Annual administration report of the Civil Veterinary Department of India - 1892-1893
Year: 1892
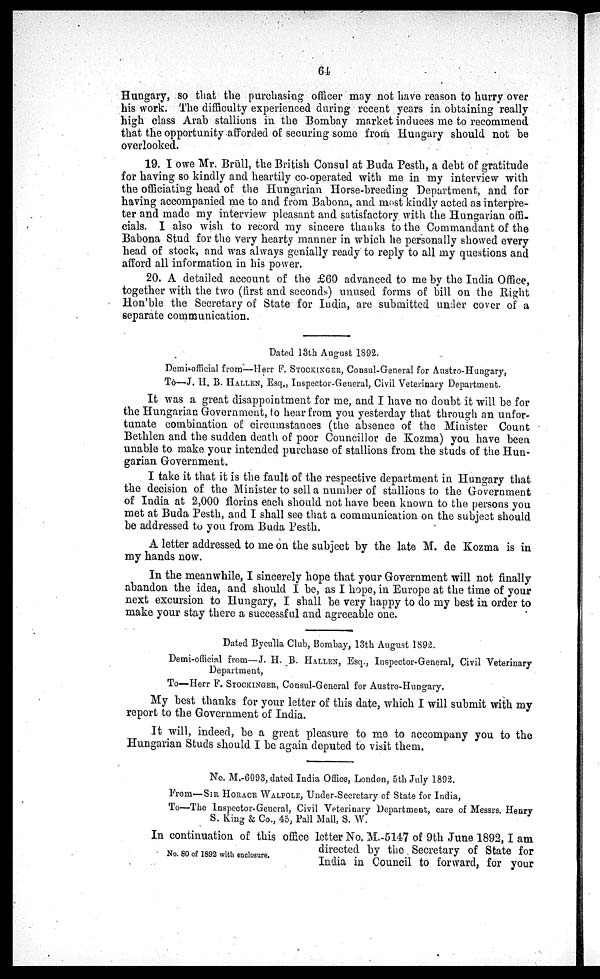
64
Hungary, so that the purchasing officer may not have reason to hurry over
his work. The difficulty experienced during recent years in obtaining really
high class Arab stallions in. the Bombay market induces me to recommend
that the opportunity afforded of securing some from Hungary should not be
overlooked.
19. I owe Mr. Brüll, the British Consul at Buda Pesth, a debt of gratitude
for having so kindly and heartily co-operated with me in my interview with
the officiating head of the Hungarian Horse-breeding Department, and for
having accompanied me to and from Babona, and most kindly acted as interpre-
ter and made my interview pleasant and satisfactory with the Hungarian offi-
cials. I also wish to record my sincere thanks to the Commandant of the
Babona Stud for the very hearty manner in which he personally showed every
head of stock, and was always genially ready to reply to all my questions and
afford all information in his power.
20. A detailed account of the £60 advanced to me by the India Office,
together with the two (first and seconds) unused forms of bill on the Right
Hon'ble the Secretary of State for India, are submitted under cover of a
separate communication.
Dated 13th August 1892.
Demi-official from—Herr F. STOCKINGER, Consul-General for Austro-Hungary,
To—J. H. B. HALLEN, Esq., Inspector-General, Civil Veterinary Department.
It was a great disappointment for me, and I have no doubt it will be for
the Hungarian Government, to hear from you yesterday that through an unfor-
tunate combination of circumstances (the absence of the Minister Count
Bethlen and the sudden death of poor Councillor de Kozma) you have been
unable to make your intended purchase of stallions from the studs of the Hun-
garian Government.
I take it that it is the fault of the respective department in Hungary that
the decision of the Minister to sell a number of stallions to the Government
of India at 2,000 florins each should not have been known to the persons you
met at Buda Pesth, and I shall see that a communication on the subject should
be addressed to you from Buda Pesth.
A letter addressed to me on the subject by the late M. de Kozma is in
my hands now.
In the meanwhile, I sincerely hope that your Government will not finally
abandon the idea, and should I be, as I hope, in Europe at the time of your
next excursion to Hungary, I shall be very happy to do my best in order to
make your stay there a successful and agreeable one.
Dated Byculla Club, Bombay, 13th August 1892.
Demi-official from—J. H. B. HALLEN, Esq., Inspector-General, Civil Veterinary-
Department,
To—Herr P. STOCKINGER, Consul-General for Austro-Hungary.
My best thanks for your letter of this date, which I will submit with my
report to the Government of India.
It will, indeed, be a great pleasure to me to accompany you to the
Hungarian Studs should I be again deputed to visit them.
No. M.-6093, dated India Office, London, 5th July 1892.
From—SIR HORACE WALPOLE, Under-Secretary of State for India,
To—The Inspector-General, Civil Veterinary Department, care of Messrs. Henry
S. King & Co., 45, Pall Mall, S. W.
No. 80 of 1892 with enclosure.
In continuation of this office letter No. M.-5147 of 9th June 1892, I am
directed by the Secretary of State for
India in Council to forward, for your